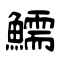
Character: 鱬